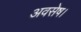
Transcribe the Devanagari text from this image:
अवसेष।